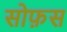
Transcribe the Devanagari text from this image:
सोफ़स